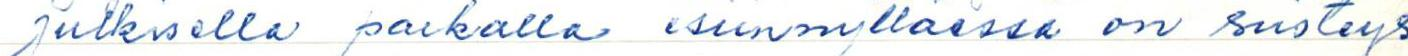
julkisella paikalla esiinnyttäessä on siisteys